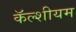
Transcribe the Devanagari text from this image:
कॅल्शीयम